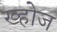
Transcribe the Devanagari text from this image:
ख्होज